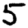
Digit: 5